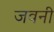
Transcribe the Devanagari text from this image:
जवनी